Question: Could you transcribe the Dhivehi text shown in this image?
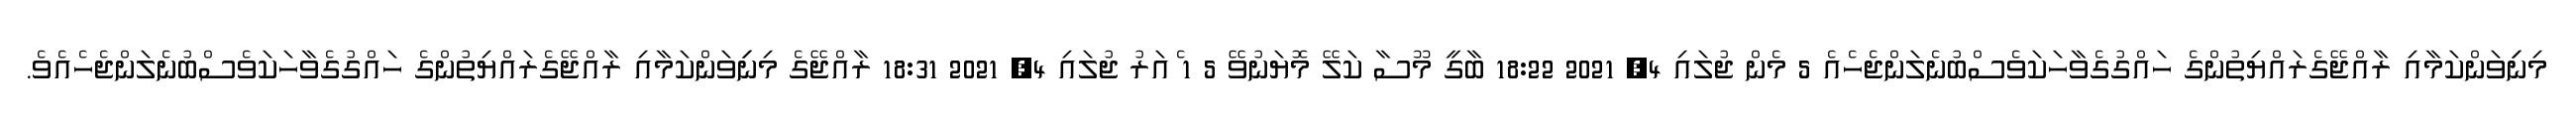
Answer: މިނިިވަންކަމާއި ރާއްޖޭގެރައްޔިތުންގެ ހައްގުގެވާހަކަވެސްބުނެލަންޖެހެއެ 5 މެން ޖުލައި 4, 2021 18:22 ބާގީ މޫސާ ކަލޭ މޮޔަނުވޭ 5 1 ެއަރު ޖުލައި 4, 2021 18:31 ރާއްޖޭގެ މިނިިވަންކަމާއި ރާއްޖޭގެރައްޔިތުންގެ ހައްގުގެވާހަކަވެސްބުނެލަންޖެހެއެވެ.